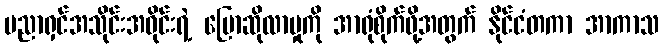
ပညာရှင်အသိုင်းအဝိုင်းရဲ့ ပြောဆိုလာမှုကို အာရုံစိုက်ဖို့အတွက် နိုင်ငံတကာ အာကာသ